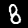
Digit: 8